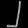
Digit: ၂